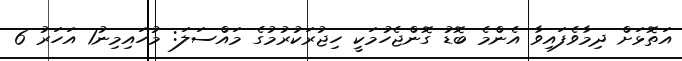
އަތޮޅަށް ދިމާވެފައިވާ އެންމެ ބޮޑު ގޮންޖެހުމަކީ ހިޖުރަކުރުމުގެ މައްސަލަ: މުހައިމިނު1 އަހަރު 6